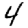
Digit: 4